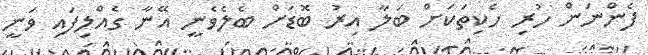
ފެންނަން ހުރި ހެކިތަކަށް ބަލާ އިރު ބޮޑަށް ބެލެވެނީ އޭނާ ގެއްލިފައި ވަނީ